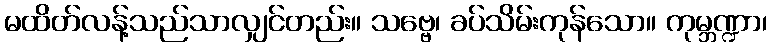
မထိတ်လန့်သည်သာလျှင်တည်း။ သဗ္ဗေ၊ ခပ်သိမ်းကုန်သော။ ကုမ္ဘဏ္ဍာ၊